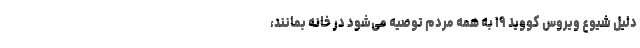
دلیل شیوع ویروس کووید ۱۹ به همه مردم توصیه می‌شود در خانه بمانند،